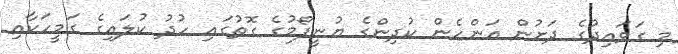
މި ގަވައިދުގެ ދަށުން އަންހެން ކުދިންގެ ޔުނީފޯމުގެ ގޮތުގައި ހުދު ކުލައިގެ ގަމީހަކާއި